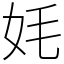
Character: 㚪